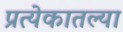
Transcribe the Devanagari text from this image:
प्रत्येकातल्या